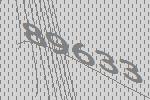
89633